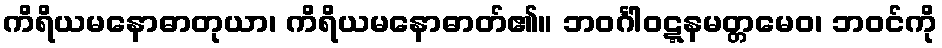
ကိရိယမနောဓာတုယာ၊ ကိရိယမနောဓာတ်၏။ ဘဝင်္ဂါဝဋ္ဋနမတ္တမေဝ၊ ဘဝင်ကို